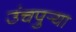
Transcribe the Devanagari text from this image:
उंचपुर्‍या